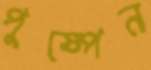
পুষ্পেন